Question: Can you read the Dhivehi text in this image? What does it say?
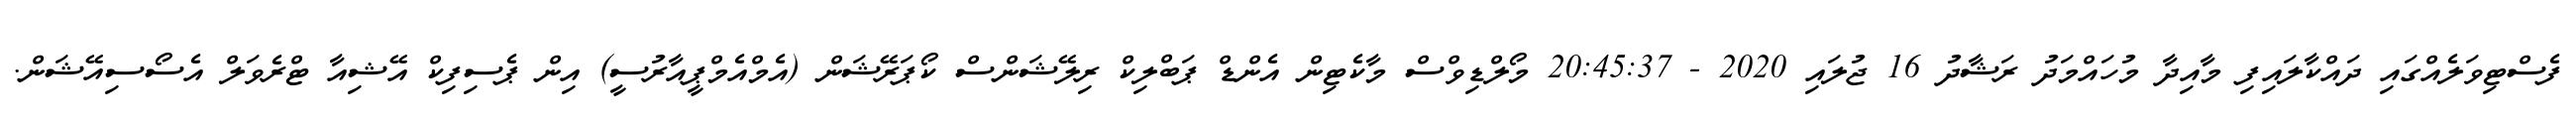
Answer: ފެސްޓިވަލެއްގައި ދައްކާލައިފި މާއިދާ މުހައްމަދު ރަޝާދު 16 ޖުލައި 2020 - 20:45:37 މޯލްޑިވްސް މާކެޓިން އެންޑް ޕަބްލިކް ރިލޭޝަންސް ކޯޕަރޭޝަން (އެމްއެމްޕީއާރުސީ) އިން ޕެސިފިކް އޭޝިއާ ޓްރެވަލް އެސޯސިއޭޝަން.